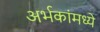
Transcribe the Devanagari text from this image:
अर्भकांमध्ये